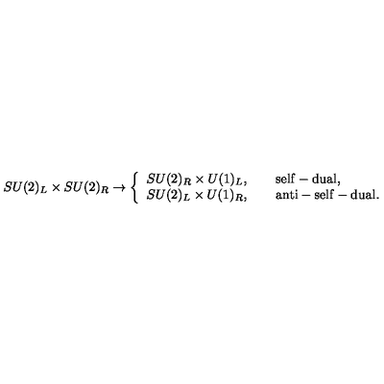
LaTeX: S U ( 2 ) _ { L } \times S U ( 2 ) _ { R } \rightarrow \left\{ \begin{array} { l } { S U ( 2 ) _ { R } \times U ( 1 ) _ { L } , \qquad \mathrm { s e l f - d u a l \do } , } \\ { S U ( 2 ) _ { L } \times U ( 1 ) _ { R } , \qquad \mathrm { a n t i - s e l f - d u a l \do } . } \\ \end{array} \right.